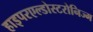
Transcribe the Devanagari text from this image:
हाइपरएल्डोस्टरोनिज्म